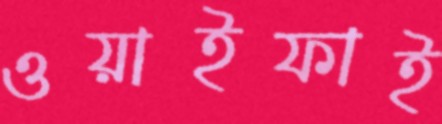
ওয়াইফাই